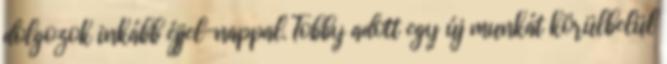
dolgozok inkább éjjel-nappal. Tobby adott egy új munkát körülbelül